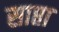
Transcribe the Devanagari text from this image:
साप्ता